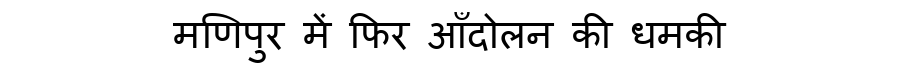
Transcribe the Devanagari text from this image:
मणिपुर में फिर आँदोलन की धमकी